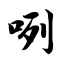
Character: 咧